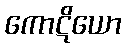
ကောဋိယော